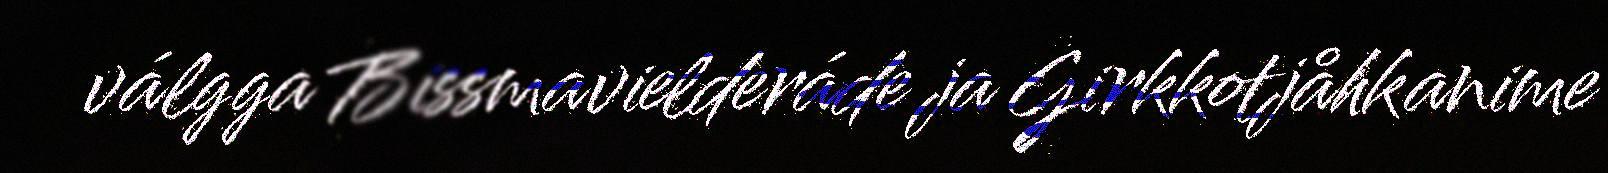
válgga Bissmavielderáde ja Girkkotjåhkanime